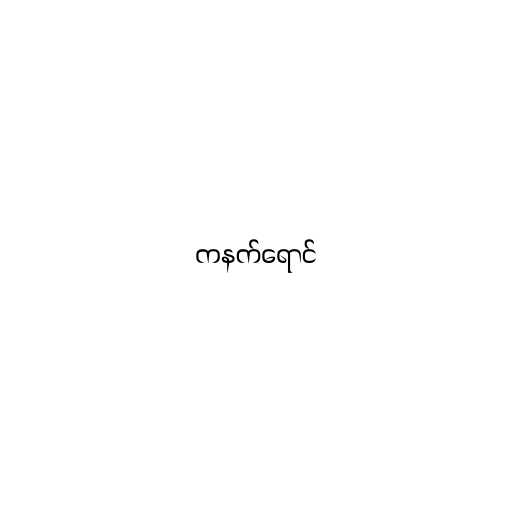
ကနက်ရောင်